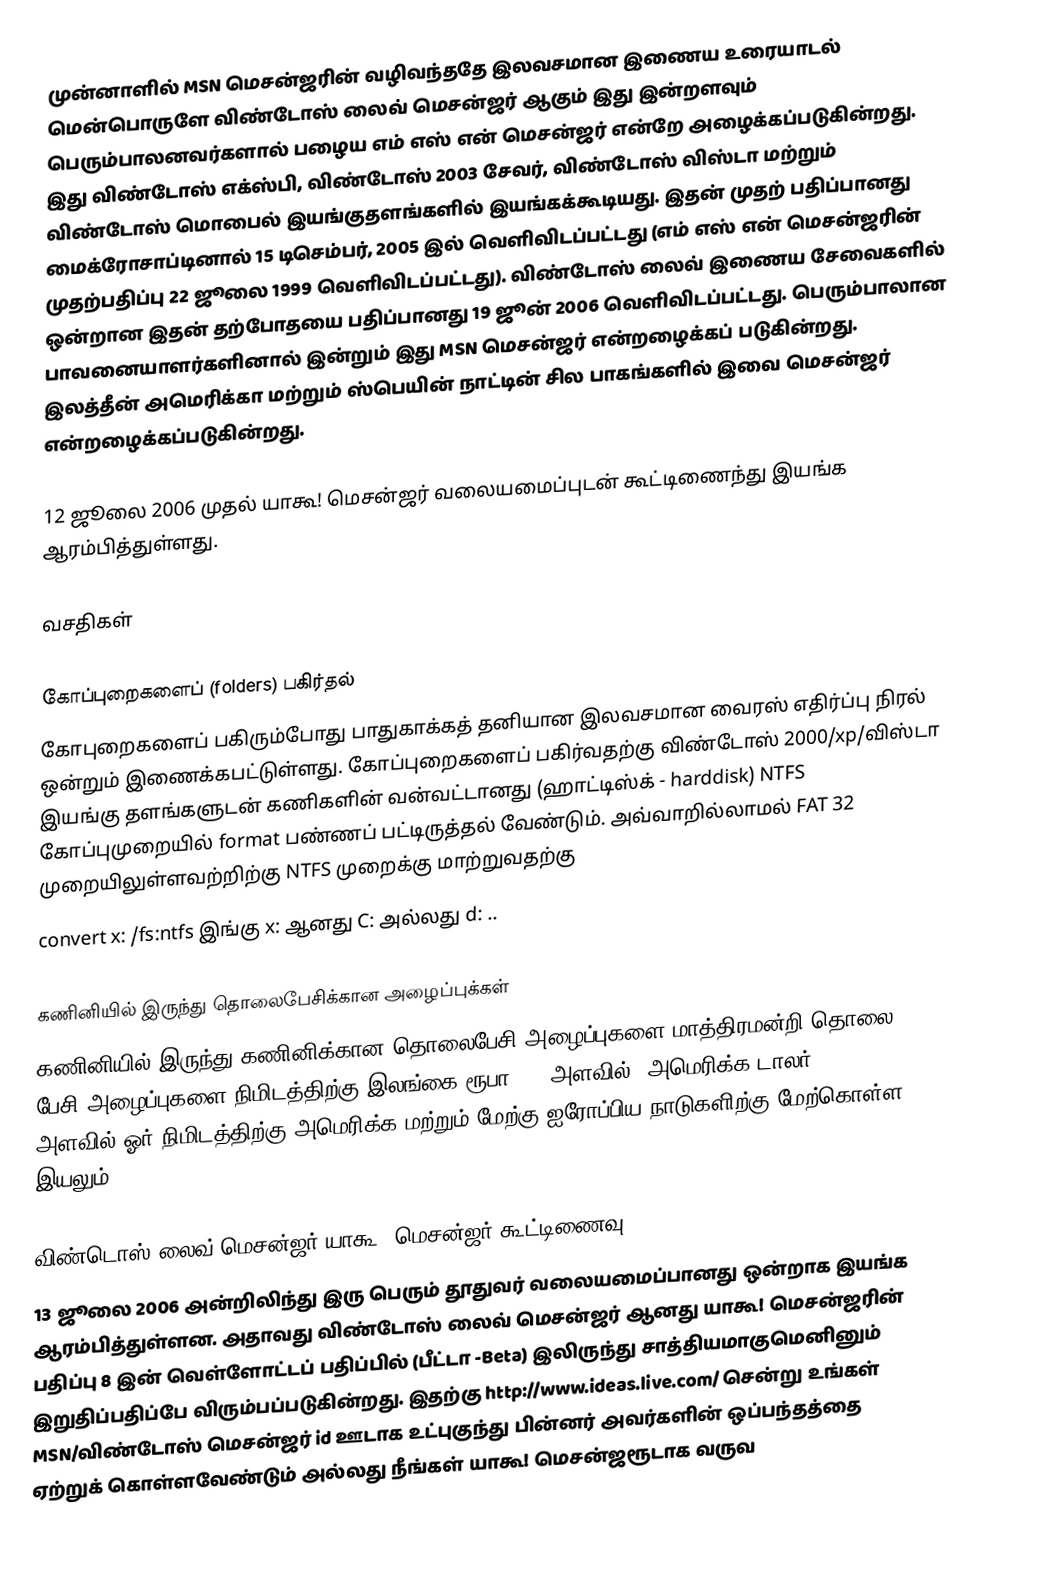
முன்னாளில் MSN மெசன்ஜரின் வழிவந்ததே இலவசமான இணைய உரையாடல் மென்பொருளே விண்டோஸ் லைவ் மெசன்ஜர் ஆகும் இது இன்றளவும் பெரும்பாலனவர்களால் பழைய எம் எஸ் என் மெசன்ஜர் என்றே அழைக்கப்படுகின்றது. இது விண்டோஸ் எக்ஸ்பி, விண்டோஸ் 2003 சேவர், விண்டோஸ் விஸ்டா மற்றும் விண்டோஸ் மொபைல் இயங்குதளங்களில் இயங்கக்கூடியது. இதன் முதற் பதிப்பானது மைக்ரோசாப்டினால் 15 டிசெம்பர், 2005 இல் வெளிவிடப்பட்டது (எம் எஸ் என் மெசன்ஜரின் முதற்பதிப்பு 22 ஜூலை 1999 வெளிவிடப்பட்டது). விண்டோஸ் லைவ் இணைய சேவைகளில் ஒன்றான இதன் தற்போதயை பதிப்பானது 19 ஜூன் 2006 வெளிவிடப்பட்டது. பெரும்பாலான பாவனையாளர்களினால் இன்றும் இது MSN மெசன்ஜர் என்றழைக்கப் படுகின்றது. இலத்தீன் அமெரிக்கா மற்றும் ஸ்பெயின் நாட்டின் சில பாகங்களில் இவை மெசன்ஜர் என்றழைக்கப்படுகின்றது.

12 ஜூலை 2006 முதல் யாகூ! மெசன்ஜர் வலையமைப்புடன் கூட்டிணைந்து இயங்க ஆரம்பித்துள்ளது.

வசதிகள்

கோப்புறைகளைப் (folders) பகிர்தல்
கோபுறைகளைப் பகிரும்போது பாதுகாக்கத் தனியான இலவசமான வைரஸ் எதிர்ப்பு நிரல் ஒன்றும் இணைக்கபட்டுள்ளது. கோப்புறைகளைப் பகிர்வதற்கு விண்டோஸ் 2000/xp/விஸ்டா இயங்கு தளங்களுடன் கணிகளின் வன்வட்டானது (ஹாட்டிஸ்க் - harddisk) NTFS கோப்புமுறையில் format பண்ணப் பட்டிருத்தல் வேண்டும். அவ்வாறில்லாமல் FAT 32 முறையிலுள்ளவற்றிற்கு NTFS முறைக்கு மாற்றுவதற்கு
 convert x: /fs:ntfs இங்கு x: ஆனது C: அல்லது d: ..

கணினியில் இருந்து தொலைபேசிக்கான அழைப்புக்கள்
கணினியில் இருந்து கணினிக்கான தொலைபேசி அழைப்புகளை மாத்திரமன்றி தொலை பேசி அழைப்புகளை நிமிடத்திற்கு இலங்கை ரூபா 2-3 அளவில் (அமெரிக்க டாலர் 0.02 - 0.03) அளவில் ஓர் நிமிடத்திற்கு அமெரிக்க மற்றும் மேற்கு ஐரோப்பிய நாடுகளிற்கு மேற்கொள்ள இயலும்.

விண்டொஸ் லைவ் மெசன்ஜர் யாகூ! மெசன்ஜர் கூட்டிணைவு
13 ஜூலை 2006 அன்றிலிந்து இரு பெரும் தூதுவர் வலையமைப்பானது ஒன்றாக இயங்க ஆரம்பித்துள்ளன. அதாவது விண்டோஸ் லைவ் மெசன்ஜர் ஆனது யாகூ! மெசன்ஜரின் பதிப்பு 8 இன் வெள்ளோட்டப் பதிப்பில் (பீட்டா -Beta) இலிருந்து சாத்தியமாகுமெனினும் இறுதிப்பதிப்பே விரும்பப்படுகின்றது. இதற்கு http://www.ideas.live.com/  சென்று உங்கள் MSN/விண்டோஸ் மெசன்ஜர் id ஊடாக உட்புகுந்து பின்னர் அவர்களின் ஒப்பந்தத்தை ஏற்றுக் கொள்ளவேண்டும் அல்லது நீங்கள் யாகூ! மெசன்ஜரூடாக வருவ